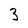
Character: 3